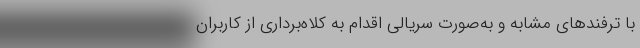
با ترفندهای مشابه و به‌صورت سریالی اقدام به کلاه‌برداری از کاربران